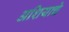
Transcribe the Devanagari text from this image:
अशियाचे